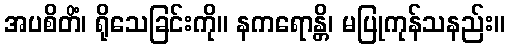
အပစိတိံ၊ ရိုသေခြင်းကို။ နကရောန္တိ၊ မပြုကုန်သနည်း။